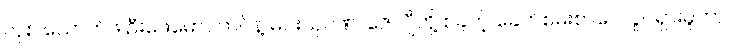
လုစ် ယောက်ဖ ဦးဖေမောင်တင်နဲ့ မင်းသုဝဏ်၊ ဇော်ဂျီတို့ စခဲ့တဲ့ ခေတ်စမ်းစာပေလှုပ်ရှားမှုဟာ